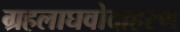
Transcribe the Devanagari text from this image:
ग्रहलाघवोदाहरण